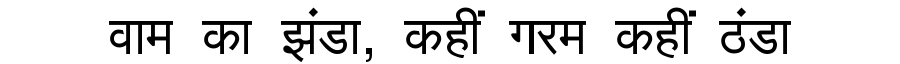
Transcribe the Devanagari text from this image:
वाम का झंडा, कहीं गरम कहीं ठंडा